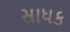
સાધક